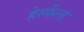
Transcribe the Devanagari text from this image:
हेर्स्फेल्ड